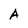
Character: A